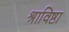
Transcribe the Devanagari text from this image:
श्राविष्ठा